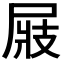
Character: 𡲆